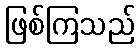
ဖြစ်ကြသည်